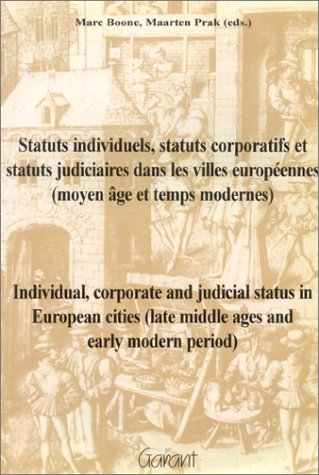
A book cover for Individual, Corporate & Judicial Status in European Cities (Late Middle Ages & Early Modern Period (Studies in Urban Social, Economic and Political ... & Modern Low Countries, 5) (French Edition); History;